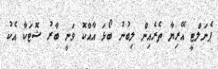
ޕެނަލްޓީ އޭރިޔާ ތެރެއިން ލިބުނު ބޯޅަ އާއްކޮ ވަނީ ބާރު ޝޮޓަކާ އެކު